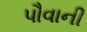
પૌવાની